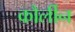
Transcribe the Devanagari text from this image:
कौर्लीन